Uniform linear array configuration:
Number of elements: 64
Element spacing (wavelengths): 0.75
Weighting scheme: hann
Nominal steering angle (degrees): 0
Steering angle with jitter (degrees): -0.4192
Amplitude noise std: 0.05
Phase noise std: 0.05

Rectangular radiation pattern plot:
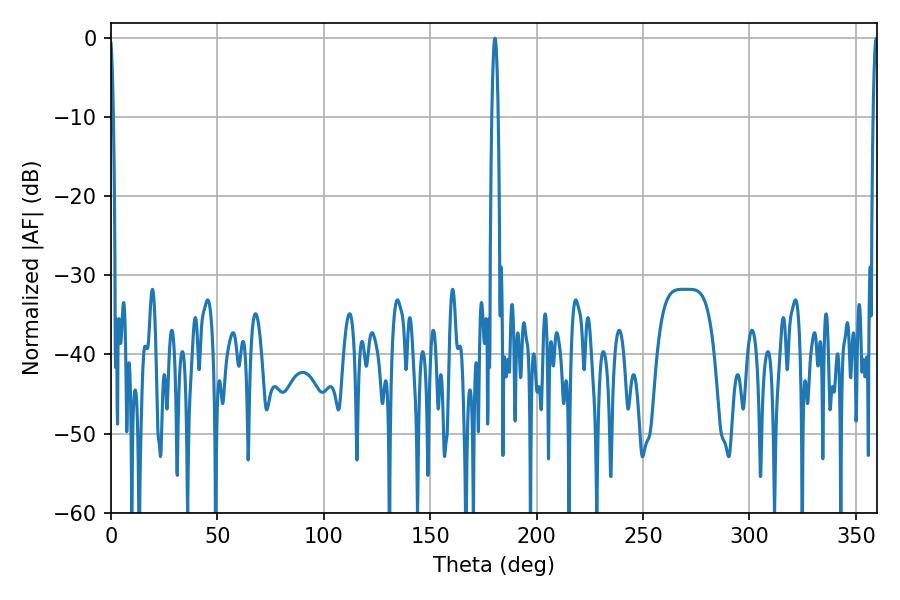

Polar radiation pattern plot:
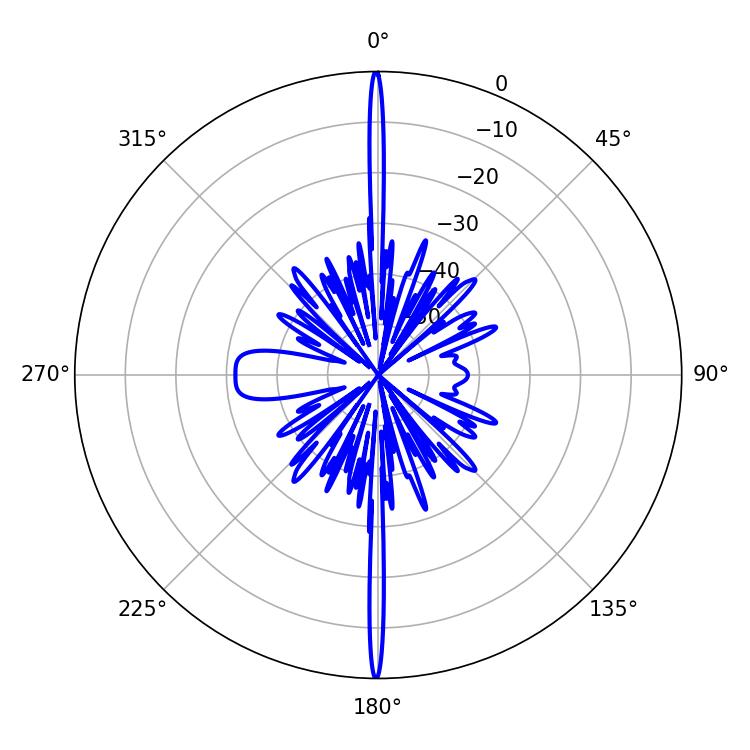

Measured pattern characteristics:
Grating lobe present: TRUE
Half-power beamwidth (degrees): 1.62
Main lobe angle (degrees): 180.36